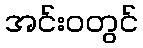
အင်းဝတွင်